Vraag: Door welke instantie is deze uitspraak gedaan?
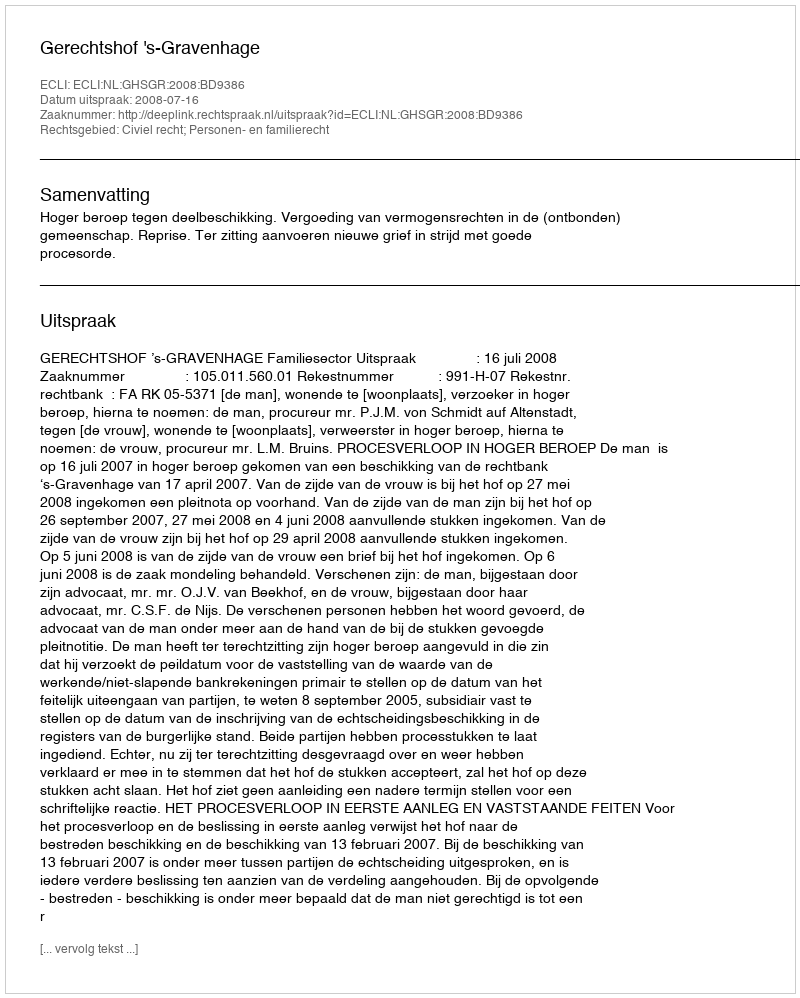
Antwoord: Gerechtshof 's-Gravenhage